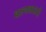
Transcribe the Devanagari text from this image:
बाल्यकालसे